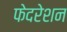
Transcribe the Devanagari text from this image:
फेदरेशन